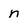
Character: n